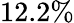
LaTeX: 12.2\%